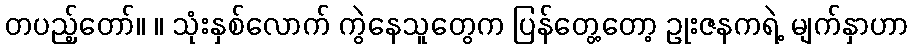
တပည့်တော်။ ။ သုံးနှစ်လောက် ကွဲနေသူတွေက ပြန်တွေ့တော့ ဥုးဇနကရဲ့ မျက်နှာဟာ